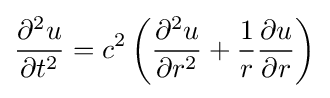
{\frac {\partial ^{2}u}{\partial t^{2}}}=c^{2}\left({\frac {\partial ^{2}u}{\partial r^{2}}}+{\frac {1}{r}}{\frac {\partial u}{\partial r}}\right)